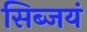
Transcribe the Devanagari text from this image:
सिब्जयं